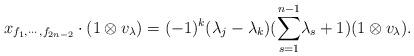
LaTeX: \begin{align*} x_{f_1,\cdots,f_{2n-2}}\cdot (1\otimes v_{\lambda})=(-1)^k(\lambda_j-\lambda_{k})(\displaystyle{\sum_{s=1}^{n-1}}\lambda_s+1)(1\otimes v_{\lambda}).\end{align*}